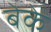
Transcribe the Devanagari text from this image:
बेके